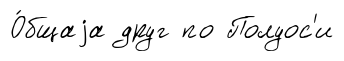
О́бщаjа друг по Полуос'и